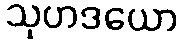
သုဟဒယော